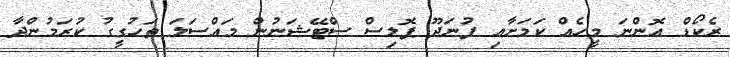
ރެކޯޑް އޮންނަ މީހެެއް ކަމަށާއި ފުނަދޫ ޕޮލިސް ސްޓޭޝަނުން މައްސަލަ ތަހުގީގު ކުރަމުންދާ